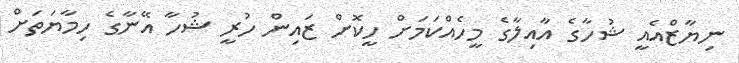
ނިޔާޒްއެއީ ޝުހާގެ އާއިލާގެ މީހެއްކަމަށް ހީކޮށް ޒައިން ހުރީ ޝުހާ އޭނާގެ ހިމާޔަތަށް